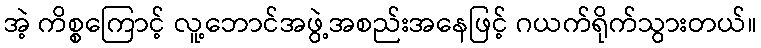
အဲ့ ကိစ္စကြောင့် လူ့ဘောင်အဖွဲ့အစည်းအနေဖြင့် ဂယက်ရိုက်သွားတယ်။